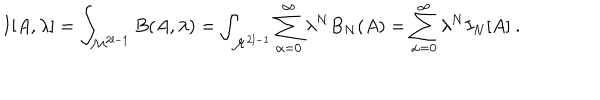
LaTeX: I [ A , \lambda ] = \int _ { { \cal M } ^ { 2 l - 1 } } B ( A , \lambda ) = \int _ { { \cal M } ^ { 2 l - 1 } } \sum _ { \alpha = 0 } ^ { \infty } \lambda ^ { N } B _ { N } ( A ) = \sum _ { \alpha = 0 } ^ { \infty } \lambda ^ { N } I _ { N } [ A ] \ .